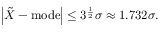
\left| { \tilde { X } } - \mathrm { m o d e } \right| \leq 3 ^ { \frac { 1 } { 2 } } \sigma \approx 1 . 7 3 2 \sigma .